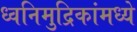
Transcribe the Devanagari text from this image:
ध्वनिमुद्रिकांमध्ये